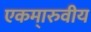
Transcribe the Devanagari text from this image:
एकमा्रुवीय